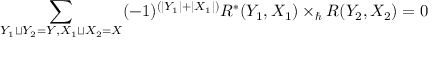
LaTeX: \sum _ { Y _ { 1 } \sqcup Y _ { 2 } = Y , X _ { 1 } \sqcup X _ { 2 } = X } ( - 1 ) ^ { ( | Y _ { 1 } | + | X _ { 1 } | ) } R ^ { * } ( Y _ { 1 } , X _ { 1 } ) \times _ { \hbar } R ( Y _ { 2 } , X _ { 2 } ) = 0